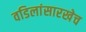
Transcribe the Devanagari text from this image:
वडिलांसारखेच